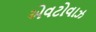
એવટોવાઝ